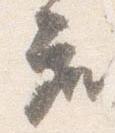
座